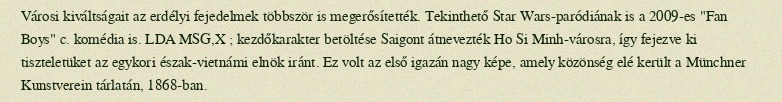
Városi kiváltságait az erdélyi fejedelmek többször is megerősítették. Tekinthető Star Wars-paródiának is a 2009-es "Fan Boys" c. komédia is. LDA MSG,X ; kezdőkarakter betöltése Saigont átnevezték Ho Si Minh-városra, így fejezve ki tiszteletüket az egykori észak-vietnámi elnök iránt. Ez volt az első igazán nagy képe, amely közönség elé került a Münchner Kunstverein tárlatán, 1868-ban.